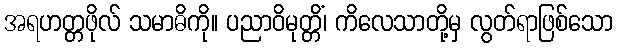
အရဟတ္တဖိုလ် သမာဓိကို။ ပညာဝိမုတ္တိံ၊ ကိလေသာတို့မှ လွတ်ရာဖြစ်သော